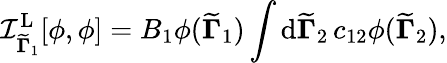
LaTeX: \mathcal{I}_{{\widetilde{\mathbf{\Gamma}}}_{1}}^{\mathrm{L}}[\phi,\phi]=B_{1}\phi({\widetilde{\mathbf{\Gamma}}}_{1})\int\mathrm{d}{\widetilde{\mathbf{\Gamma}}}_{2}\, c_{12}\phi({\widetilde{\mathbf{\Gamma}}}_{2}),